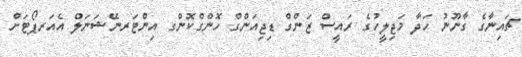
ޗައިނާގެ ގާނޫނު ހަދާ މަޖިލީހުގެ ރައީސް ޒަންގް ޑިޖިއަންގް ހޮންގްކޮންގ އިންޓަރނޭޝަނަލް އެއަރޕޯޓަށް